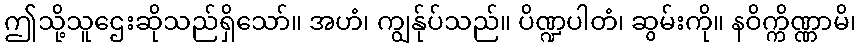
ဤသို့သူဌေးဆိုသည်ရှိသော်။ အဟံ၊ ကျွန်ုပ်သည်။ ပိဏ္ဍပါတံ၊ ဆွမ်းကို။ နဝိက္ကိဏ္ဏာမိ၊